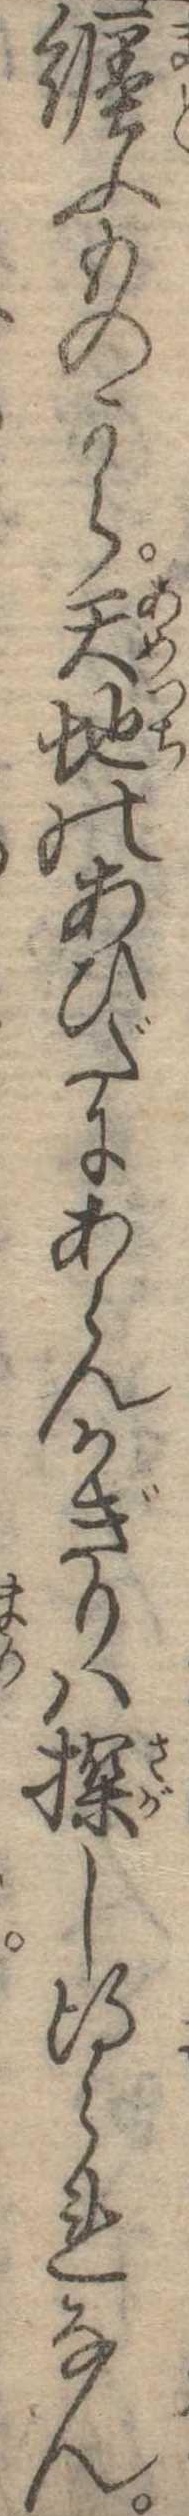
纏ふものから天地のあひだにあらんかぎりは探し得られなん